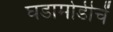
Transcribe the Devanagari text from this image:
घडामोडीचें